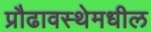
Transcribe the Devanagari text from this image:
प्रौढावस्थेमधील